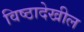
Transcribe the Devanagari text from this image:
विष्ठादेखील